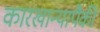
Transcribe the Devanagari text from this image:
कारखान्यापैकी